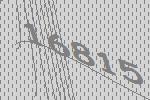
16815